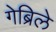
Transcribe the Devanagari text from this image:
गेब्रिले